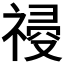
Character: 𥛀